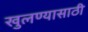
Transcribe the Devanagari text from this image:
खुलण्यासाठी